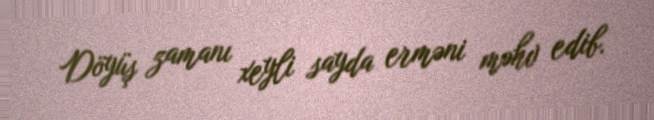
Döyüş zamanı xeyli sayda erməni məhv edib.